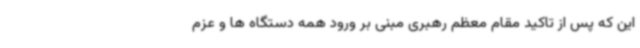
این که پس از تاکید مقام معظم رهبری مبنی بر ورود همه دستگاه ها و عزم